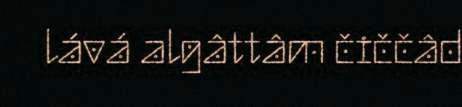
lává algâttâm čiččâd